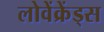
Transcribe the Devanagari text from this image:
लोवेंक्रेंड्स